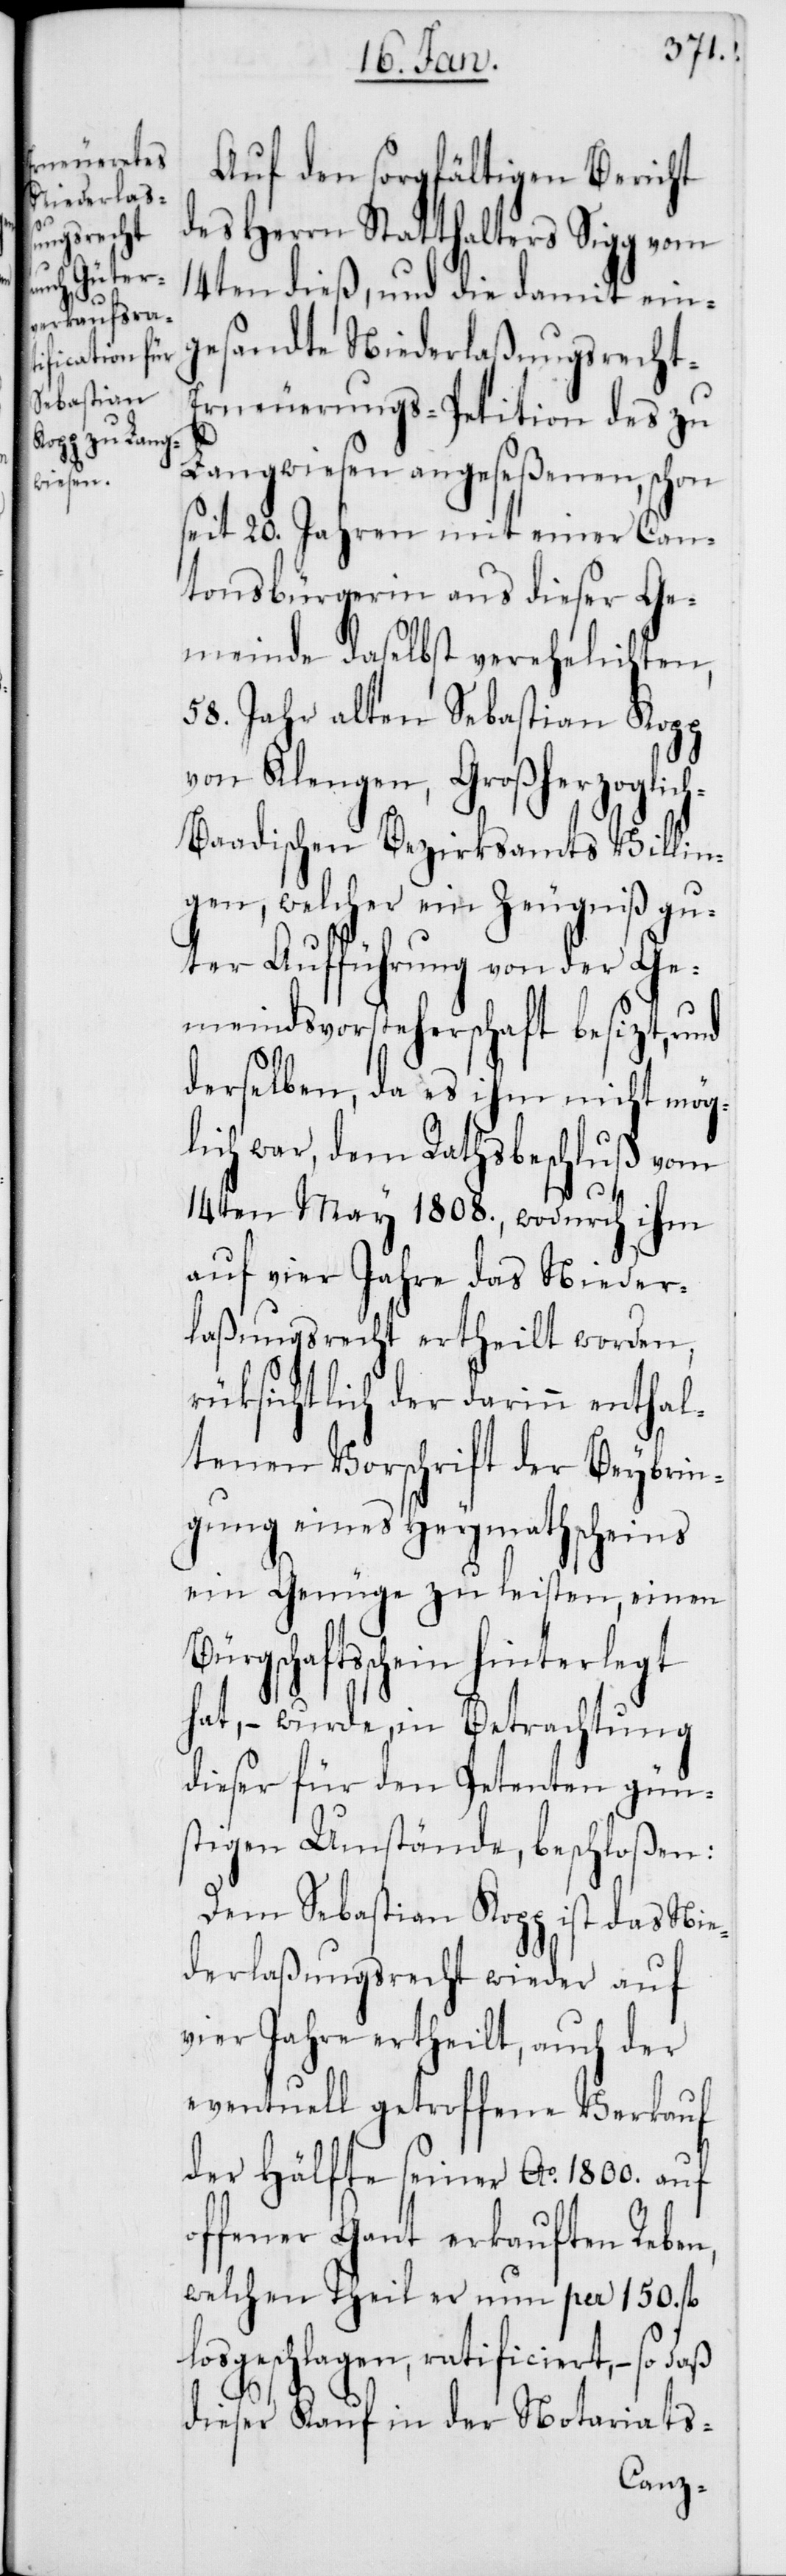
Auf den sorgfältigen Bericht
des Herrn Statthalters Sigg vom
14ten dieß, und die damit ein¬
gesandte Niederlaßungsrecht-E¬
rneuerungs-Petition des zu
Langwiesen angeseßenen, schon
seit 20. Jahren mit einer Can¬
tonsbürgerin aus dieser Ge¬
meinde daselbst verehelichten,
58. Jahre alten Sebastian Kopp
von Klengen, Großherzoglic¬
h-Baadischen Bezirksamts Villin¬
gen, welcher ein Zeugniß gu¬
ter Aufführung von der Ge¬
meindsvorsteherschaft besizt, und
derselben, da es ihm nicht mög¬
lich war, dem Rathsbeschluß vom
14ten May 1808., wodurch ihm
auf vier Jahre das Nieder¬
laßungsrecht ertheilt worden,
rücksichtlich der darinn enthal¬
tenen Vorschrift der Beybrin¬
gung eines Heymathscheins
ein Genüge zu leisten, einen
Bürgschaftsschein hinterlegt
hat, – wurde in Betrachtung
dieser für den Petenten gün¬
stigen Umstände, beschloßen:
Dem Sebastian Kopp ist das Nie¬
derlaßungsrecht wieder auf
vier Jahre ertheilt, auch der
eventuell getroffene Verkauf
der Hälfte seiner Ao 1800. auf
offener Gant erkauften Reben,
welchen Theil er nun per 150. fl.
losgeschlagen, ratificiert, – so
dieser Kauf in der Notariats-